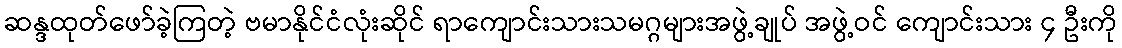
ဆန္ဒထုတ်ဖော်ခဲ့ကြတဲ့ ဗမာနိုင်ငံလုံးဆိုင် ရာကျောင်းသားသမဂ္ဂများအဖွဲ့ချုပ် အဖွဲ့ဝင် ကျောင်းသား ၄ ဦးကို